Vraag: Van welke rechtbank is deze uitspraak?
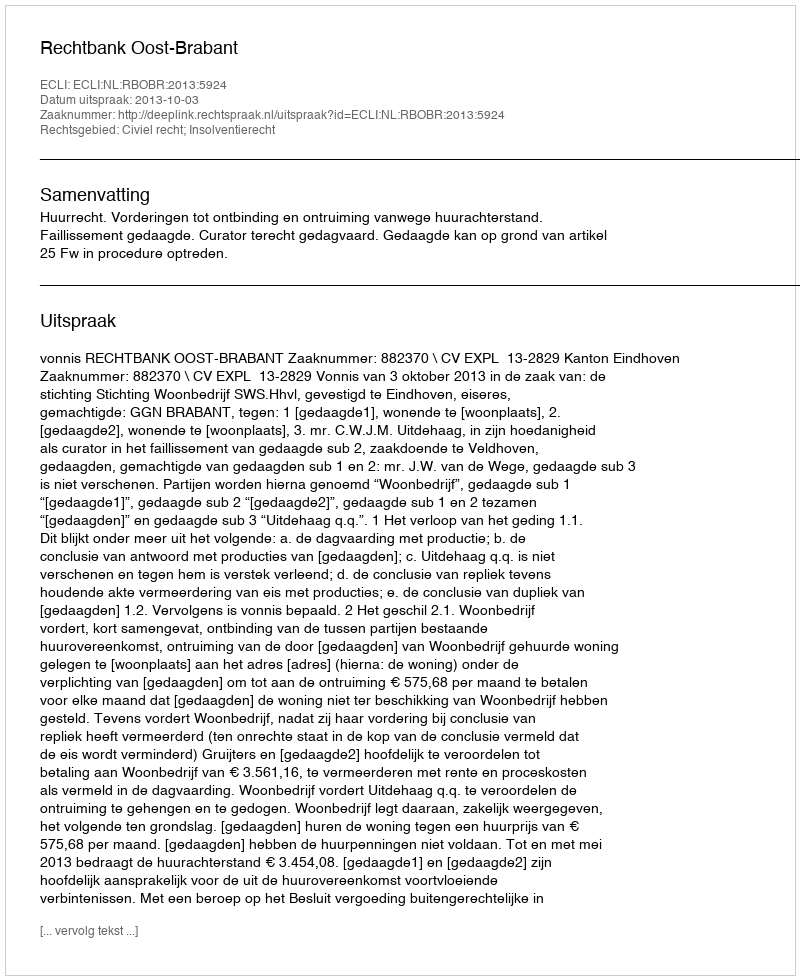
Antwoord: Rechtbank Oost-Brabant